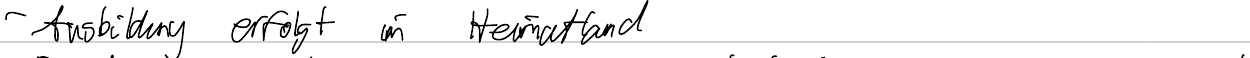
- Ausbildung erfolgt im Heimatland